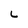
Character: L